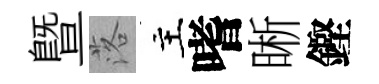
暨落主嗜晰鏗